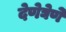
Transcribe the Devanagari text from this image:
देणेघेणे